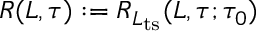
R ( L , \tau ) : = R _ { L _ { \mathrm { t s } } } ( L , \tau ; \tau _ { 0 } )